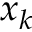
x _ { k }